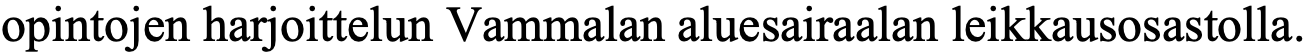
opintojen harjoittelun Vammalan aluesairaalan leikkausosastolla.